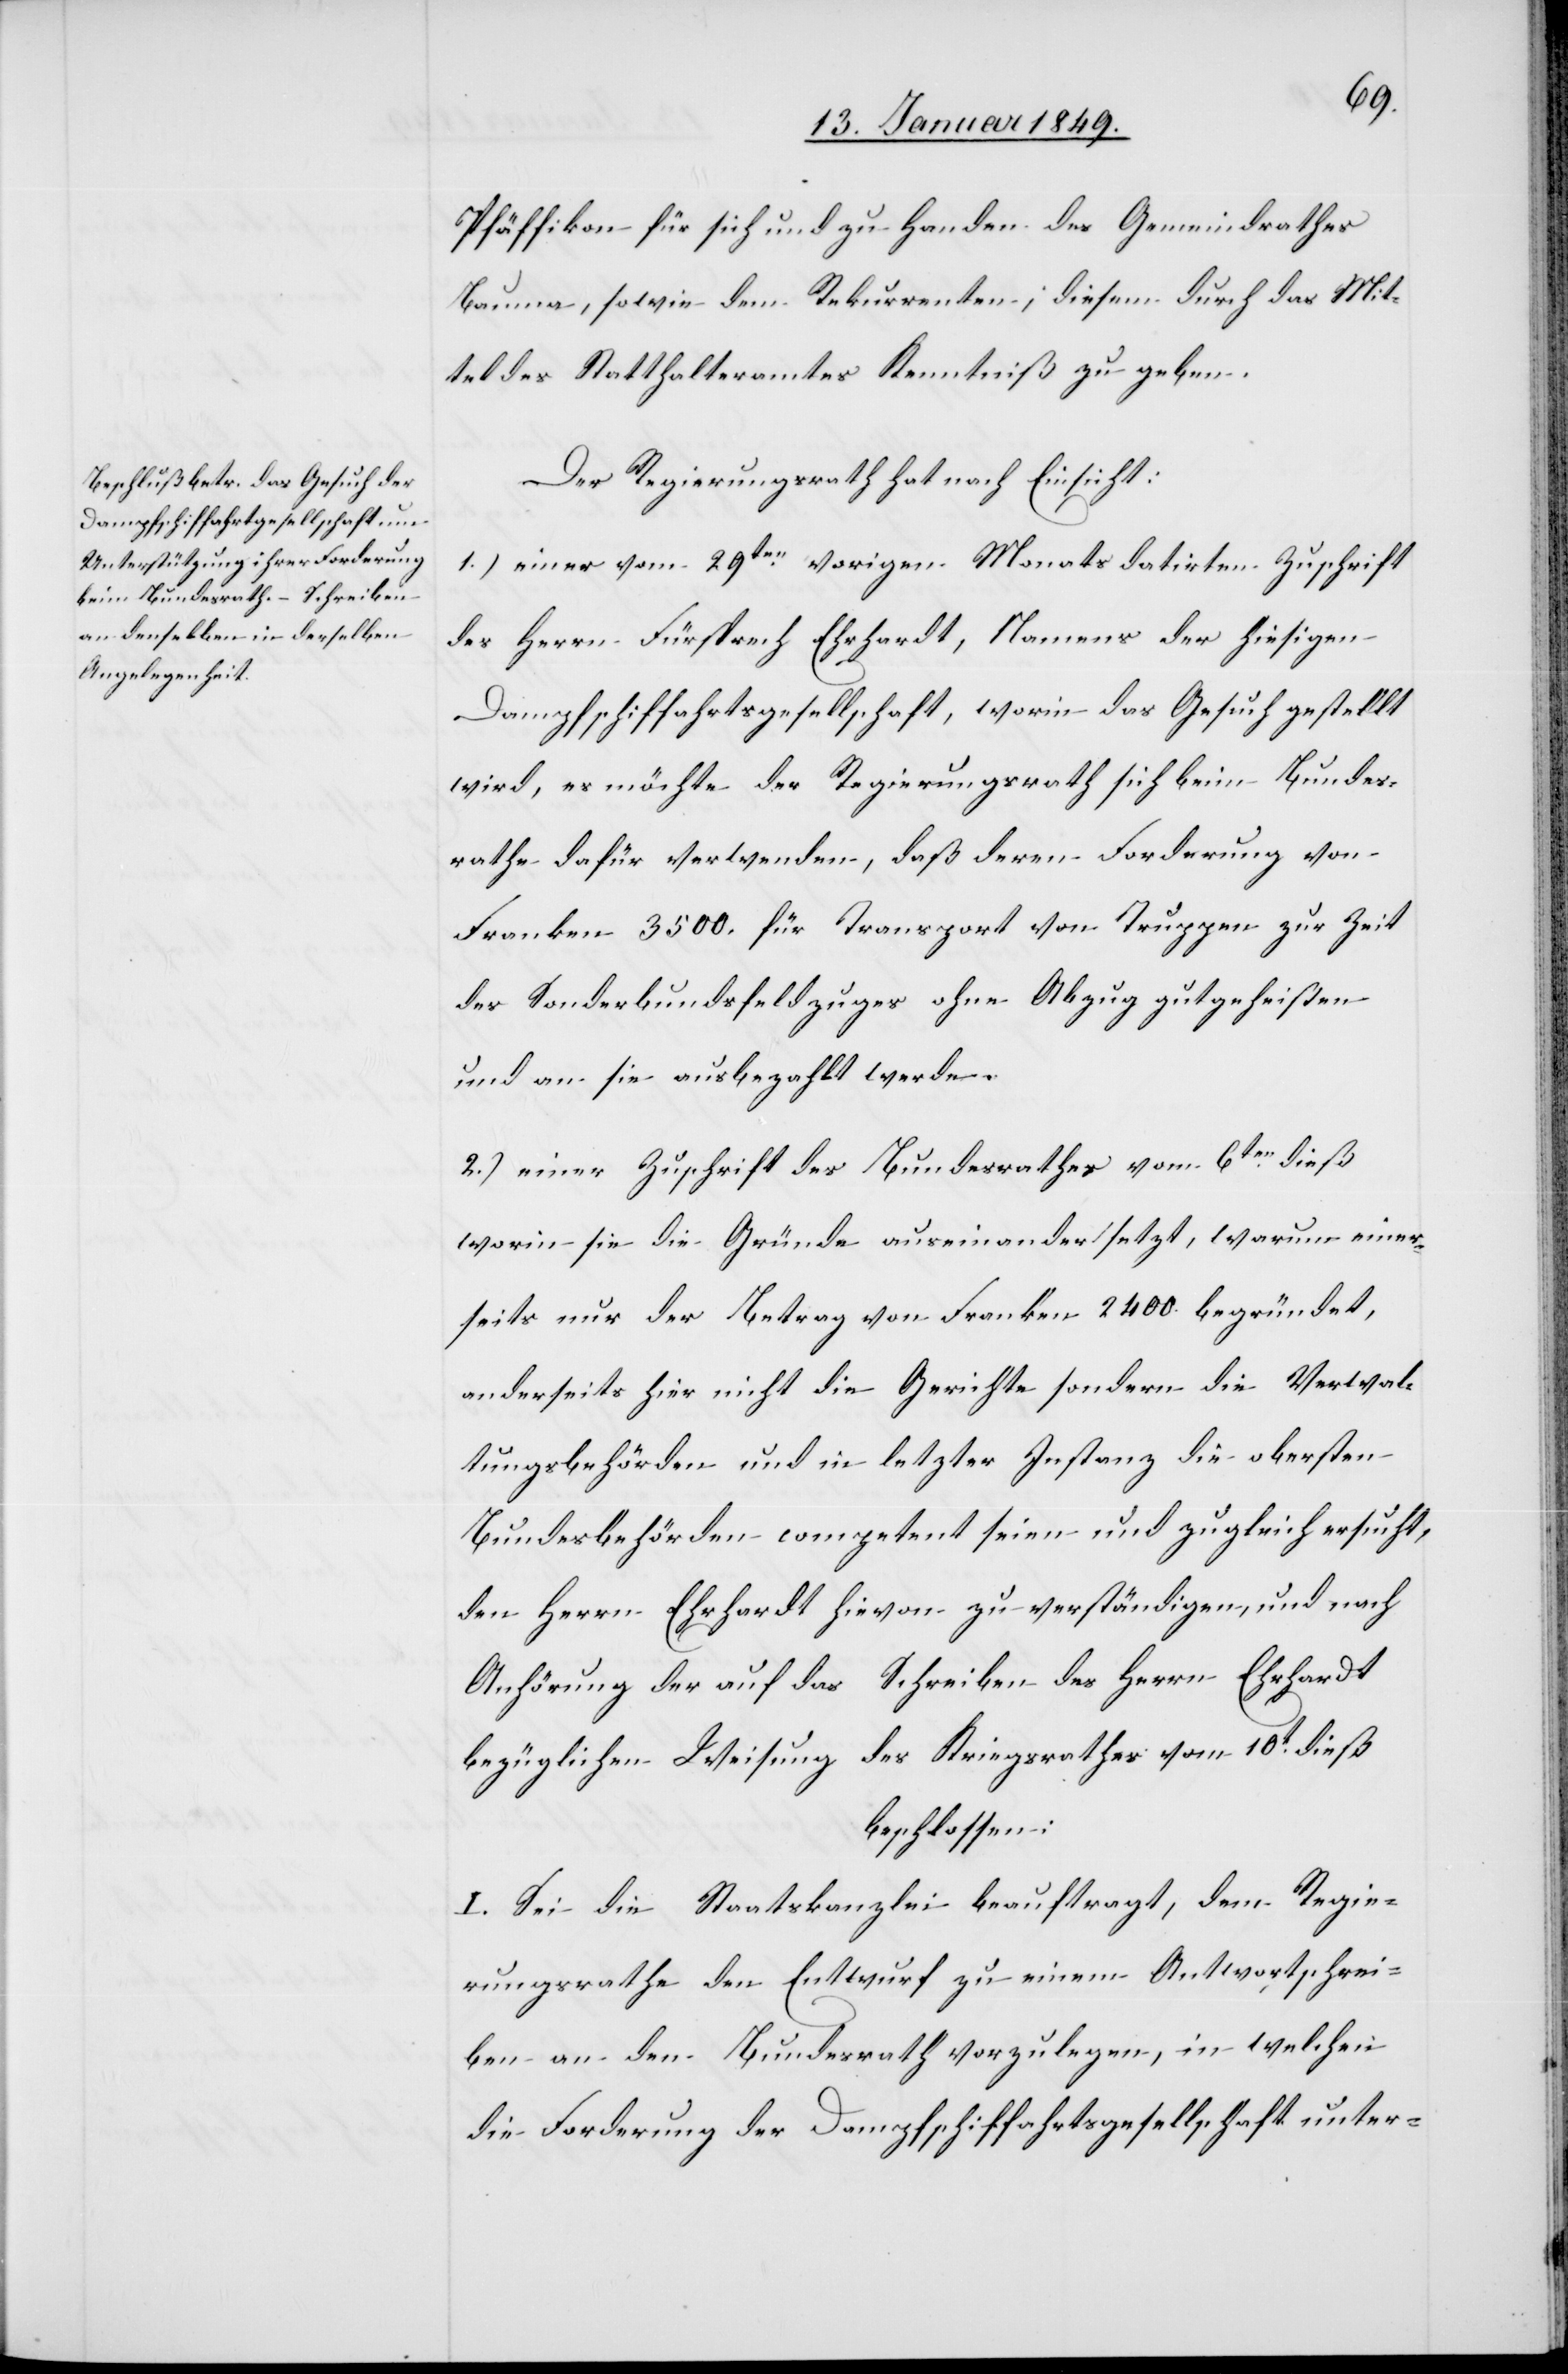
Pfäffikon für sich und zu Handen des Gemeindrathes
Bauma, sowie dem Rekurrenten, diesem durch das Mit¬
tel des Statthalteramtes Kenntniß zu geben.
Der Regierungsrath hat nach Einsicht:
1.) einer vom 29ten. vorigen Monats datirten Zuschrift
des Herrn Fürsprech Ehrhardt, Namens der hiesigen
Dampfschiffahrtsgesellschaft, worin das Gesuch gestellt
wird, es möchte der Regierungsrath sich beim Bundes¬
rathe dafür verwenden, daß deren Forderung von
Franken 3500. für Transport von Truppen zur Zeit
des Sonderbundsfeldzuges ohne Abzug gutgeheißen
und an sie ausbezahlt werde.
2.) einer Zuschrift des Bundesrathes vom 6ten. dieß
worin sie die Gründe auseinandersetzt, warum einer¬
seits nur der Betrag von Franken 2400. begründet,
anderseits hier nicht die Gerichte sondern die Verwal¬
tungsbehörden und in letzter Instanz die obersten
Bundesbehörden competent seien und zugleich ersucht,
den Herrn Ehrhardt hievon zu verständigen, und nach
Anhörung der auf das Schreiben des Herrn Ehrhardt
bezüglichen Weisung des Kriegsrathes vom 10t. dieß
beschlossen:
I. Sei die Staatskanzlei beauftragt, dem Regie¬
rungsrathe den Entwurf zu einem Antwortschrei¬
ben an den Bundesrath vorzulegen, in welchen
die Forderung der Dampfschiffahrtsgesellschaft unter-